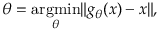
\theta = \underset { \theta } { \operatorname { a r g m i n } } \| g _ { \theta } ( x ) - x \| ,